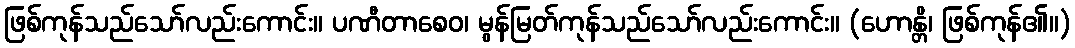
ဖြစ်ကုန်သည်သော်လည်းကောင်း။ ပဏီတာစေဝ၊ မွန်မြတ်ကုန်သည်သော်လည်းကောင်း။ (ဟောန္တိ၊ ဖြစ်ကုန်၏။)